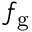
f _ { \mathrm { g } }